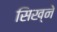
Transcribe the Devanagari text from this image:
सिख्ने